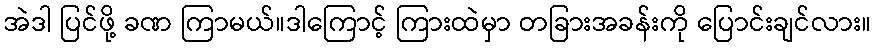
အဲဒါ ပြင်ဖို့ ခဏ ကြာမယ်။ဒါကြောင့် ကြားထဲမှာ တခြားအခန်းကို ပြောင်းချင်လား။